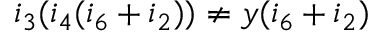
i _ { 3 } ( i _ { 4 } ( i _ { 6 } + i _ { 2 } ) ) \neq y ( i _ { 6 } + i _ { 2 } )